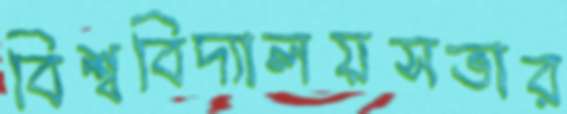
বিশ্ববিদ্যালয়সভার